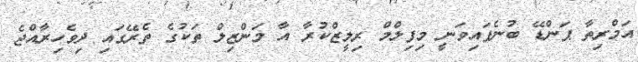
އަމްރިތާ ޕަންޑޭ ބުނެފައިވަނީ މިފިލްމް ރިލީޒްކުރާ އާ މަންޒިލް ތަކުގެ ތެރޭގައި ދިވެހިރާއްޖެ